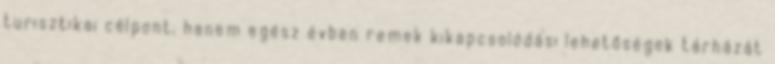
turisztikai célpont, hanem egész évben remek kikapcsolódási lehetőségek tárházát